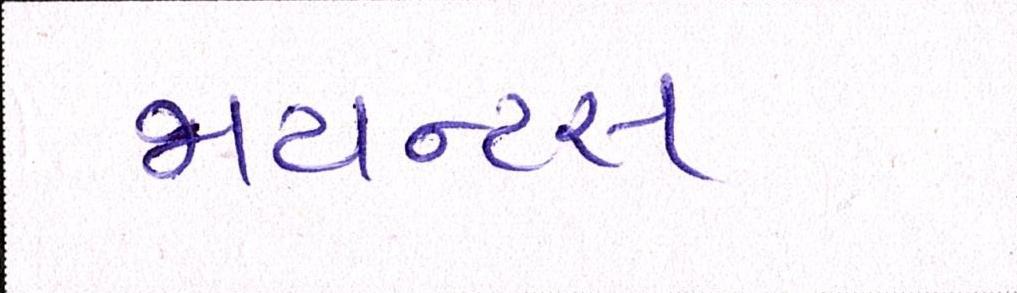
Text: જાયન્ટસ